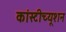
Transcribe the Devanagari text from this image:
कांस्टीच्यूशन